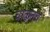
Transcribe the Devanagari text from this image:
वाळूतच